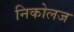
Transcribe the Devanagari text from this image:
निकोलज